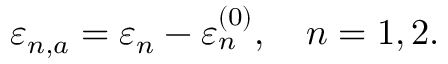
\varepsilon _ { n , a } = \varepsilon _ { n } - \varepsilon _ { n } ^ { ( 0 ) } , \quad n = 1 , 2 .